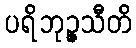
ပရိဘုဉ္ဇသီတိ